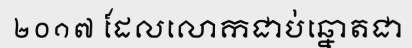
២០១៧ ដែលលោកជាប់ឆ្នោតជា